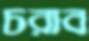
চরাব